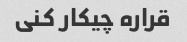
قراره چیکار کنی